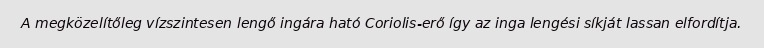
A megközelítőleg vízszintesen lengő ingára ható Coriolis-erő így az inga lengési síkját lassan elfordítja.